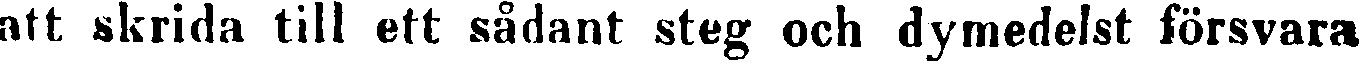
att skrida till ett sådant steg och dymedelst försvara